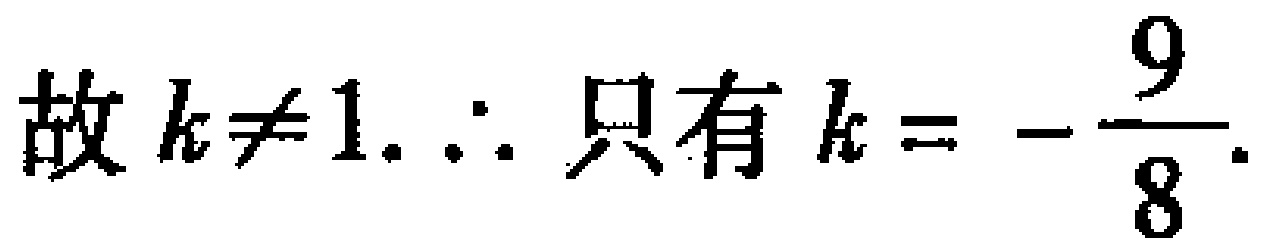
故 \(k\neq 1.\therefore\) 只有 \(k = -\dfrac{9}{8}.\)